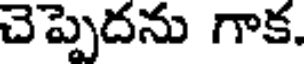
చెప్పెదను గాక.